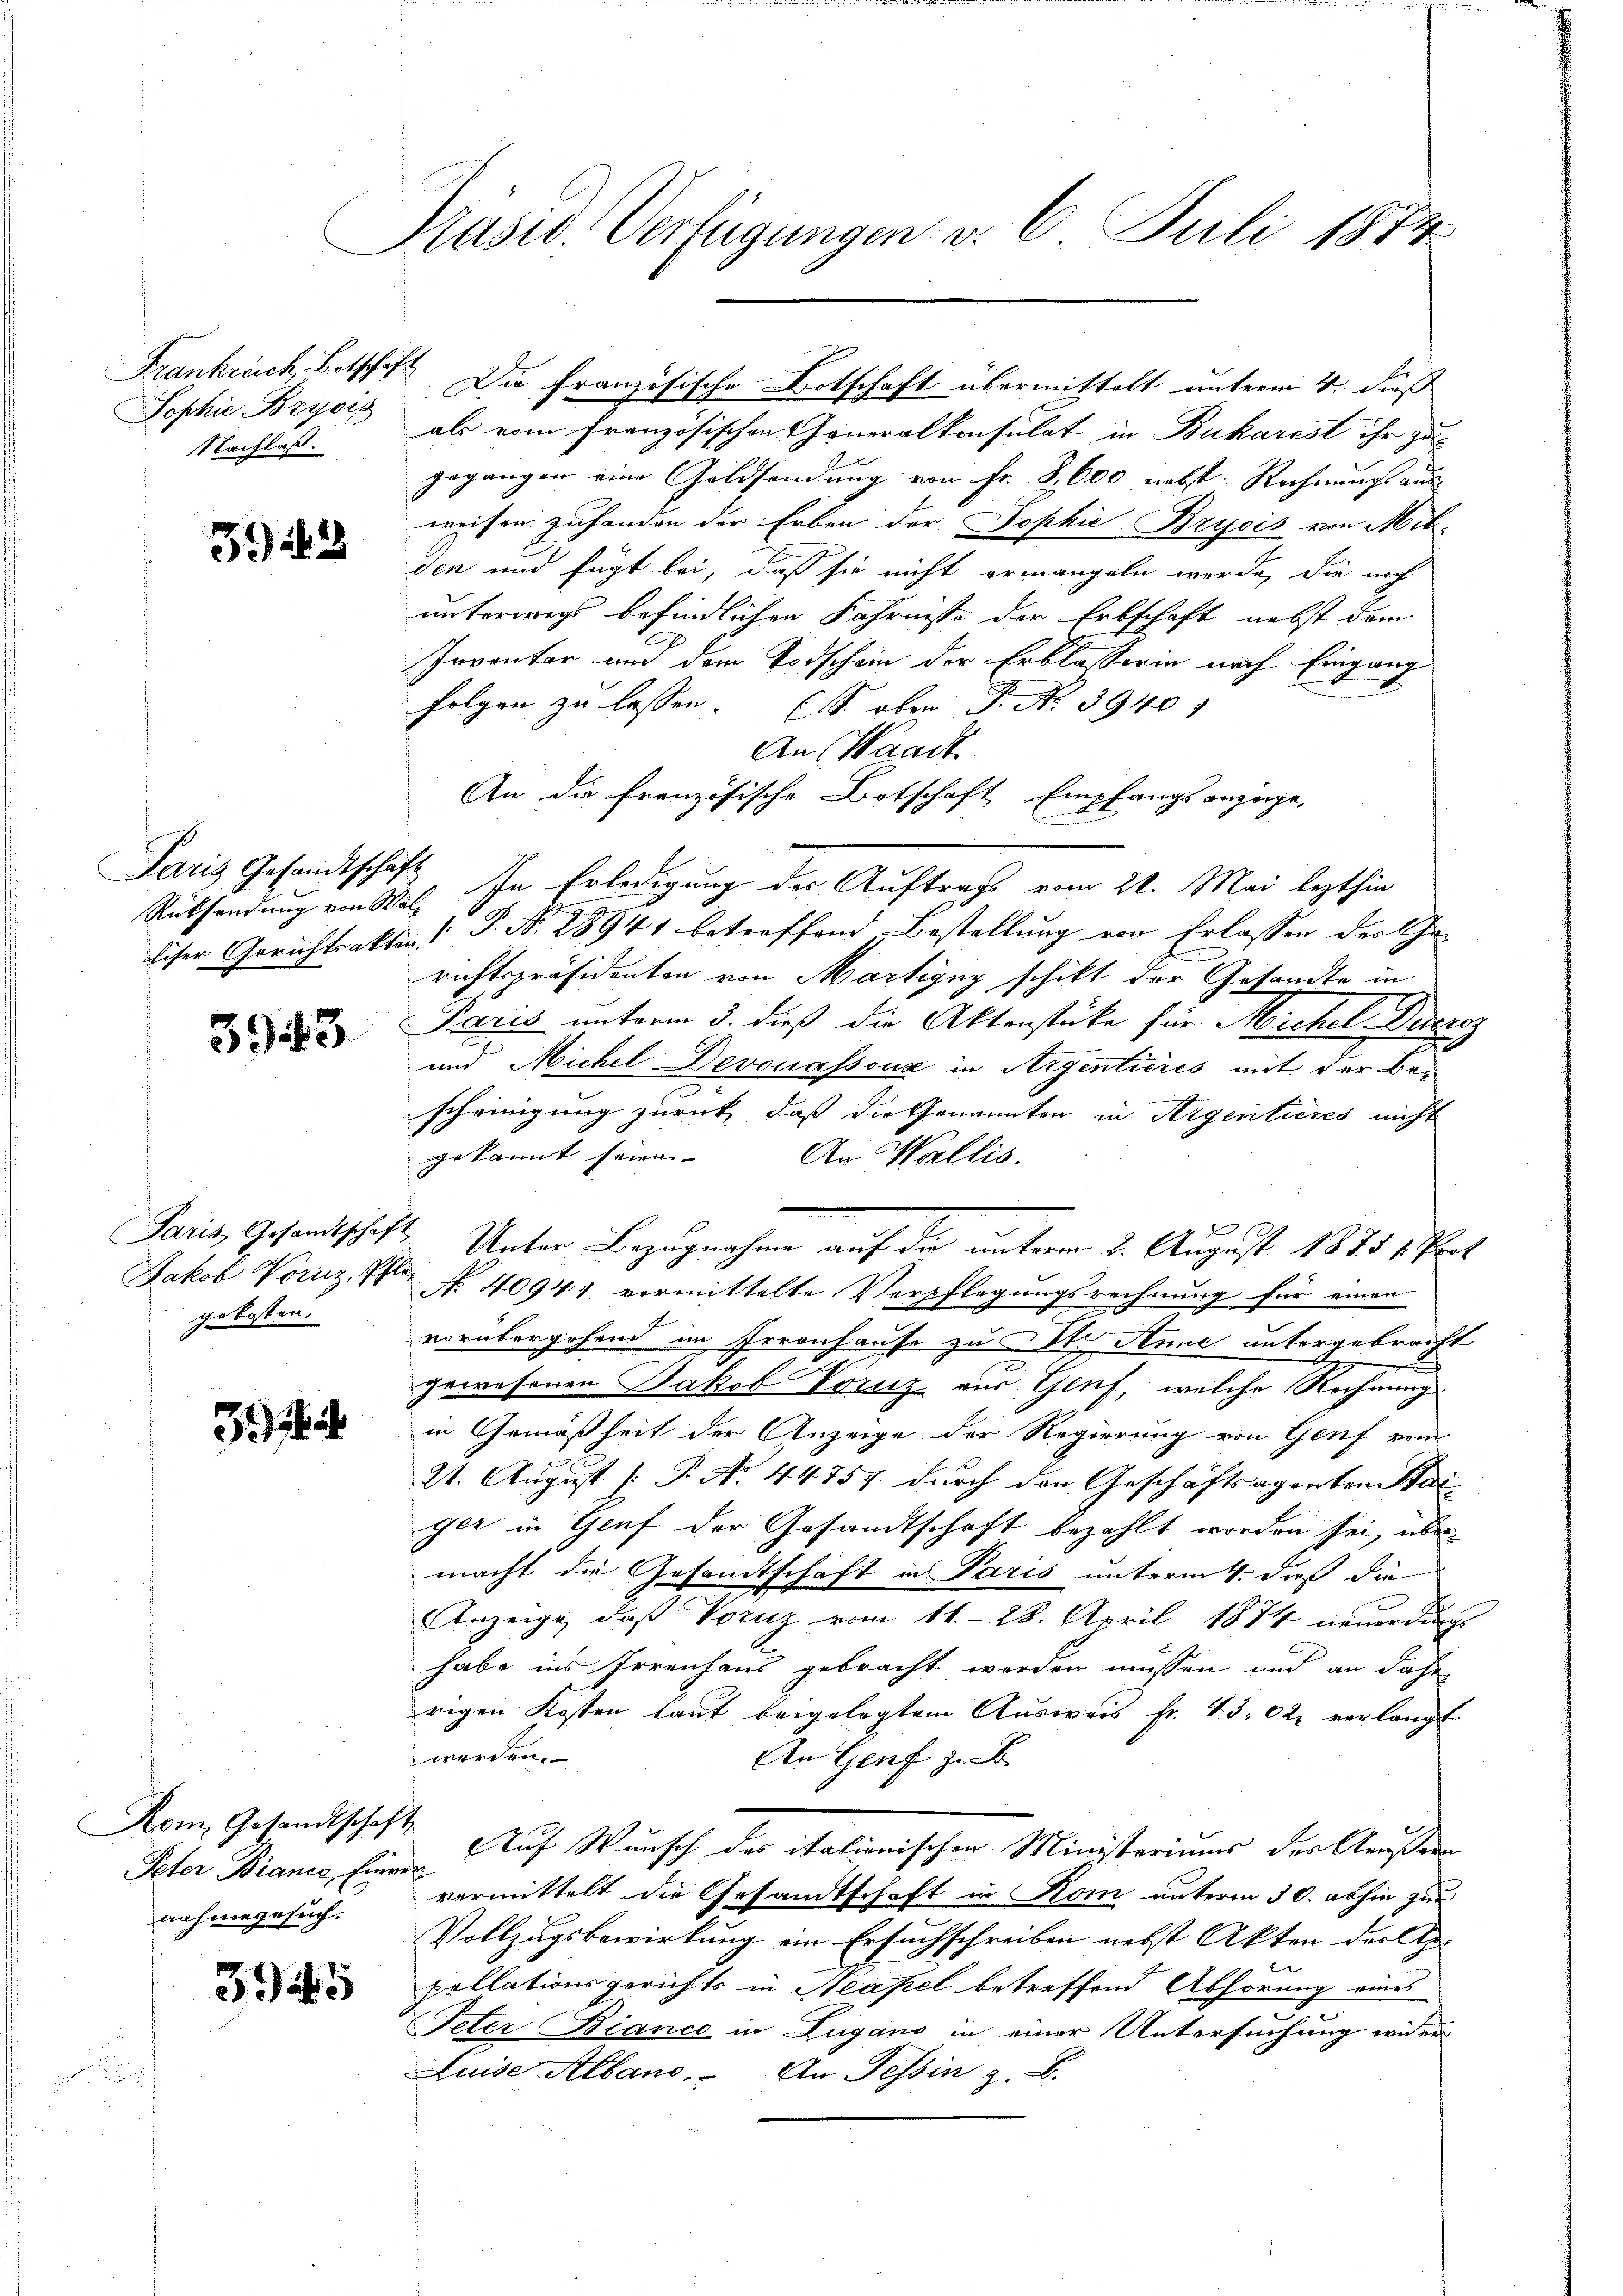
Frankreich, Botschaf
Sophie Bricis
Nachlaß.

5948

Rücksendung von Wal¬

3943

gekosten.

31

Kom, Gesandtschaf
Peter Biancs, Einr.
nahmegesuch.

3915

Präsid. Verfügungen d. 6. Juli 1874

h
als vom französischen Generalkonsulat in Bukarest ihr zu
gegangen eine Goldsendung von Fr. 8, 600 nebst. Rechnung aus
weisen zufanden der Erben der Sophie Brycis von Ack-
den und fügt bei, daß sie nicht ermangeln werde, die noch
unterwegs befindlichen Fahrnisse der Erbschaft nebst dem
Inventar und dem Todschein der Erblasserin nach Eingang
folgen zu lassen. (S. ober J. No 3940
An Waadt
An die französische Botschaft Empfangsanzeige,
l
Paris Gesandtschaft 1 Erledigung des Auftrage vom 21. Mai lezthin
liser Gerichtsakten (T. N. 28941 betreffend Bestellung von Erlassen der Ge-
richtspräsidenten von Martigny schikt der Gesandte in
Paris unterm 3. dieß die Aktenstüke für Michel Ducroz
und Michel Devonasseur in Argentieres mit der Bes
scheinigung zurück, daß die Genannten in Aigentieres nicht
gekannt seien.
An Wallis.
Paris, Gesandtschaft Unter Bezugnahme auf die unterm 2. August 1875 u. Prof.
Jakob Voruz, I No. 40941 vermittelte Verpflegungsrechnung für einen
vorübergehend im Irrenhause zu St. Anne untergebracht
gewesenen Jakob Voruz aus Genf, welche Rechnung
in Gemäßheit der Anzeige der Regierung von Genf vom
21. August [P. No. 44757 durch den Geschäftsagenten Stai
ger in Genf der Gesandtschaft bezahlt worden sei, über
macht die Gesamtschaft in Paris unterm 4. dieß die
Anzeige, daß Vornz vom 11. 28. April 1874 neuerdings
habe ins Irrenhaus gebracht werden müssen und an daher
rigen Kosten laut beigelegtem Ausweis fr. 43. 02 verlangt
werden.
An Genf z. B.
4
Auf Wunsch des italienischen Ministeriums des Aeußern
o
vermittelt die Gesandtschaft in Kom unterm 30. abhin zur
Vollzugsbewirkung ein Ersuchschreiben nebst Akten der Ah.
pollationsgerichts in Neapel betreffend Abhörung eines
Peter Biance in Zugano in einer Untersuchung wider
Luise Albano. An Tessin z. B.

Die französische Botschaft übermittelt unterm 4. dieß